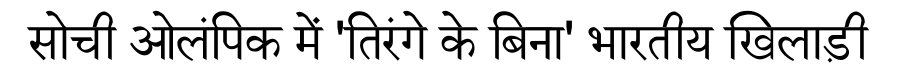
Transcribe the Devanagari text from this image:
सोची ओलंपिक में 'तिरंगे के बिना' भारतीय खिलाड़ी